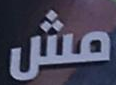
مش